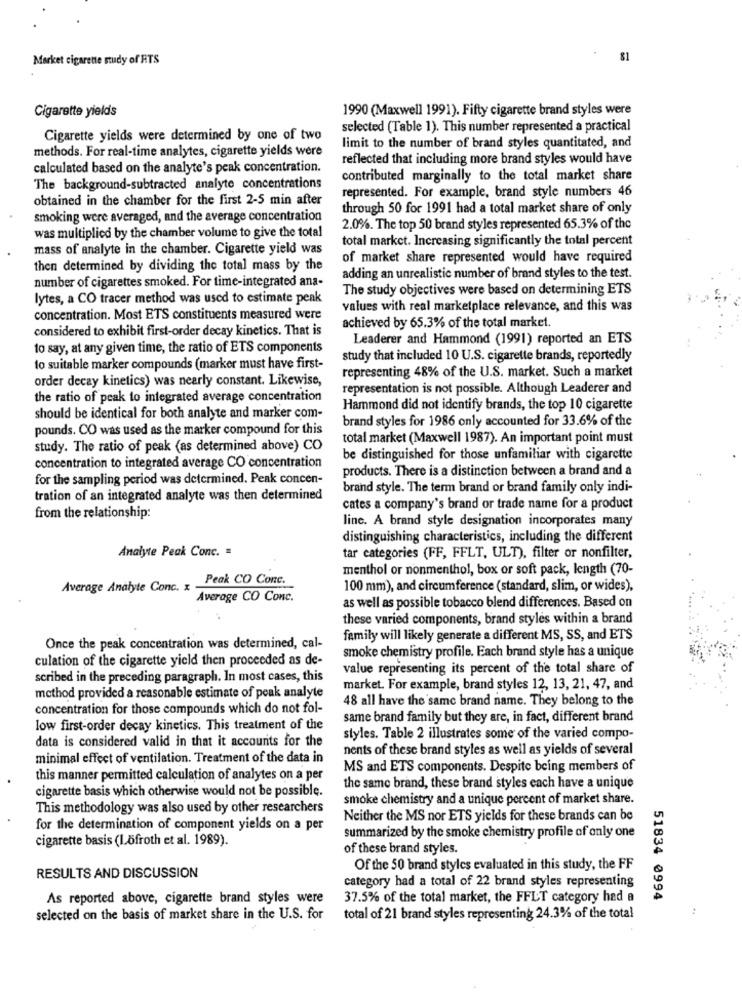
Market cigarette study of RTS
Cigarette yields
1990 (Maxwell 1991). Fifty cigarette brand styles were
selected (Table 1). This number represented a practical
Cigarette yields were determined by one of two
methods. For real-time analytes, cigarette yields were
limit to the number of brand styles quantitated, and
reflected that including more brand styles would have
calculated based on the analyte's peak concentration.
contributed marginally to the total market share
The background-subtracted analyte concentrations
represented. For example, brand style numbers 46
obtained in the chamber for the first 2-5 min after
through 50 for 1991 had a total market share of only
smoking were averaged, and the average concentration
2.0%. The top 50 brand styles represented 65.3% of the
was multiplied by the chamber volume to give the total
total market. Increasing significantly the total percent
mass of analyte in the chamber. Cigarette yield was
of market share represented would have required
then determined by dividing the total mass by the
adding an unrealistic number of brand styles to the test.
number of cigarettes smoked. For time-integrated ana-
The study objectives were based on determining ETS
lytes, a CO tracer method was used to estimate peak
values with real marketplace relevance, and this was
concentration. Most ETS constituents measured were
considered to exhibit first-order decay kinetics. That is
achieved by 65.3% of the total market.
Leaderer and Hammond (1991) reported an ETS
to say, at any given time, the ratio of ETS components
study that included 10 U.S. cigarette brands, reportedly
lo suitable marker compounds (marker must have first-
order decay kinetics) was nearly constant. Likewise,
representing 48% of the U.S. market. Such a market
representation is not possible. Although Leaderer and
the ratio of peak to integrated average concentration
Hammond did not identify brands, the top 10 cigarette
should be identical for both analyte and marker com-
brand styles for 1986 only accounted for 33.6% of the
pounds. CO was used as the marker compound for this
total market (Maxwell 1987). An important point must
study. The ratio of peak (as determined above) CO
be distinguished for those unfamiliar with cigarette
concentration to integrated average CO concentration
products. There is a distinction between a brand and a
for the sampling period was determined. Peak concen-
brand style. The term brand or brand family only indi-
tration of an integrated analyte was then determined
cates a company's brand or trade name for a product
from the relationship:
line. A brand style designation incorporates many
distinguishing characteristics, including the different
Analyte Peak Conc. =
tar categories (FF, FFLT, ULT), filter or nonfilter,
menthol or nonmenthol, box or soft pack, length (70-
Peak CO Conc.
Average Analyte Conc. x -
100 mm), and circumference (standard, slim, or wides),
Average CO Conc.
as well as possible tobacco blend differences. Based on
these varied components, brand styles within a brand
family will likely generate a different MS, SS, and ETS
Once the peak concentration was determined, cal-
culation of the cigarette yield then proceeded as de-
smoke chemistry profile. Each brand style has a unique
value representing its percent of the total share of
scribed in the preceding paragraph. In most cases, this
market. For example, brand styles 12, 13, 21, 47, and
method provided a reasonable estimate of peak analyte
48 all have the same brand name. They belong to the
concentration for those compounds which do not fol-
same brand family but they are, in fact, different brand
low first-order decay kinetics. This treatment of the
data is considered valid in that it accounts for the
styles. Table 2 illustrates some of the varied compo-
nents of these brand styles as well as yields of several
minimal effect of ventilation. Treatment of the data in
MS and ETS components. Despite being members of
this manner permitted calculation of analytes on a per
cigarette basis which otherwise would not be possible.
the same brand, these brand styles each have a unique
smoke chemistry and a unique percent of market share.
This methodology was also used by other researchers
Neither the MS nor ETS yields for these brands can be
for the determination of component yields on a per
cigarette basis (löfroth et al. 1989).
summarized by the smoke chemistry profile of only one
of these brand styles.
Of the 50 brand styles evaluated in this study, the FF
RESULTS AND DISCUSSION
category had a total of 22 brand styles representing
As reported above, cigarette brand styles were
37.5% of the total market, the FFLT category had a
51834 0994
selected on the basis of market share in the U.S. for
total of 21 brand styles representing 24.3% of the total